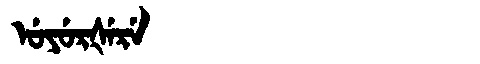
Manchu: ᡠᠶᡠᡵᡧᡝᡵᡝ
Romanization: UYURŠERE